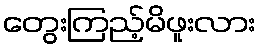
တွေးကြည့်မိဖူးလား